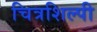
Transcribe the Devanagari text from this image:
चित्रशिल्पी